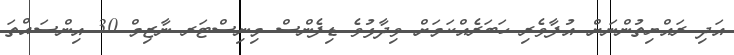
އަދި ރައްޔިތުންނަށް އުފާވެރި ހަބަރެއްކަމަށް ވިދާޅުވެ ޑިފެންސް މިނިސްޓަރ ނާޒިމް 30 އިންސައްތަ